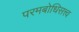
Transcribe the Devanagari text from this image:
परमबोधिसत्त्व